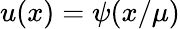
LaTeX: u(x)=\psi(x/\mu)